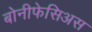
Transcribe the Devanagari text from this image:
बोनीफेसिअस